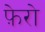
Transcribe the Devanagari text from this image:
फ़ेरो